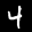
Label: 4